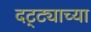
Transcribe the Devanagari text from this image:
दट्ट्याच्या